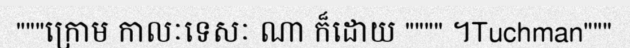
"""ក្រោម កាលៈទេសៈ ណា ក៏ដោយ """" ។Tuchman"""